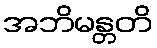
အဘိမန္တတိ